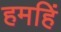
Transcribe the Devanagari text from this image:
हमहिं